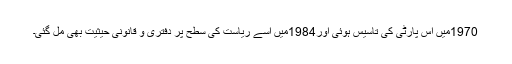
1970میں اس پارٹی کی تاسیس ہوئی اور1984میں اسے ریاست کی سطح پر دفتری و قانونی حیثیت بھی مل گئی۔